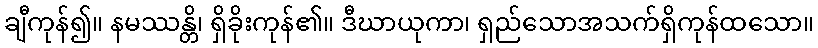
ချီကုန်၍။ နမဿန္တိ၊ ရှိခိုးကုန်၏။ ဒီဃာယုကာ၊ ရှည်သောအသက်ရှိကုန်ထသော။